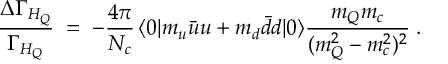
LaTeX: \frac { \Delta \Gamma _ { H _ { Q } } } { \Gamma _ { H _ { Q } } } \; = \; - \frac { 4 \pi } { N _ { c } } \, \langle 0 | { m _ { u } \bar { u } u + m _ { d } \bar { d } d } | 0 \rangle \frac { m _ { Q } m _ { c } } { ( m _ { Q } ^ { 2 } - m _ { c } ^ { 2 } ) ^ { 2 } } \; .